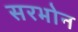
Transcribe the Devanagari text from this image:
सरभोन